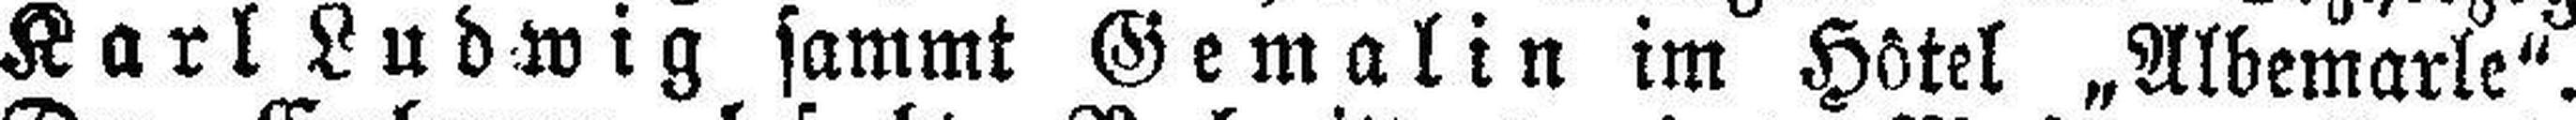
Karl Ludwig sammt Gemalin im Hotel „Albemarle“.